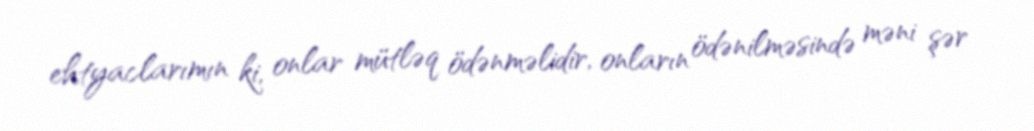
ehtyaclarımın ki, onlar mütləq ödənməlidir, onların ödənilməsində məni şər